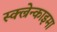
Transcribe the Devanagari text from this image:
स्क्ल्रेन्काइमा